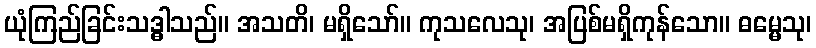
ယုံကြည်ခြင်းသဒ္ဓါသည်။ အသတိ၊ မရှိသော်။ ကုသလေသု၊ အပြစ်မရှိကုန်သော။ ဓမ္မေသု၊